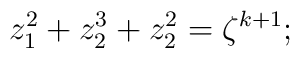
z_{1}^{2}+z_{2}^{3}+z_{2}^{2}=\zeta ^{k+1};